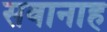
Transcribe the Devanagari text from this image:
सवानाह